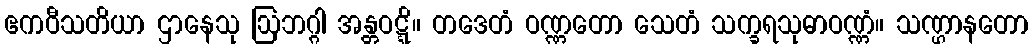
ဧကဝီသတိယာ ဌာနေသု ဩဘဂ္ဂါ အန္တဝဋ္ဋိ။ တဒေတံ ဝဏ္ဏတော သေတံ သက္ခရသုဓာဝဏ္ဏံ။ သဏ္ဌာနတော